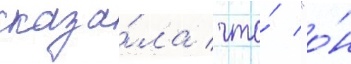
сказа́ла / что́ "о́н